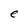
Character: e